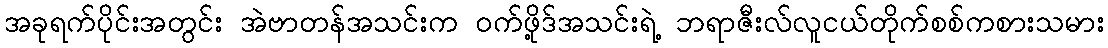
အခုရက်ပိုင်းအတွင်း အဲဗာတန်အသင်းက ဝက်ဖို့ဒ်အသင်းရဲ့ ဘရာဇီးလ်လူငယ်တိုက်စစ်ကစားသမား